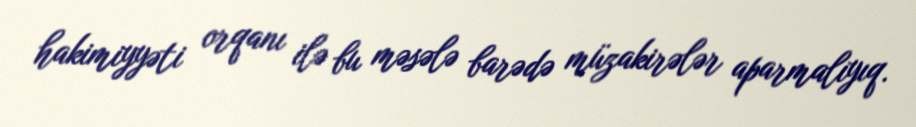
hakimiyyəti orqanı ilə bu məsələ barədə müzakirələr aparmalıyıq.